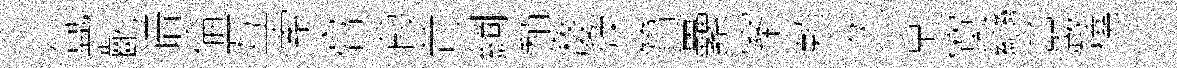
氲齔谱倫互索膏葭苛綱頹嫠煉篔纍案頼久京寞戀巖橈